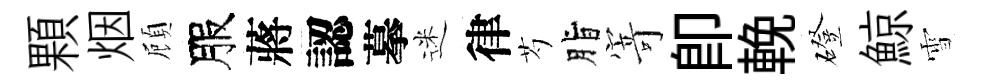
顆烟頋服蔣認摹迷律芍脂𭔃卽輓磴鯨雪